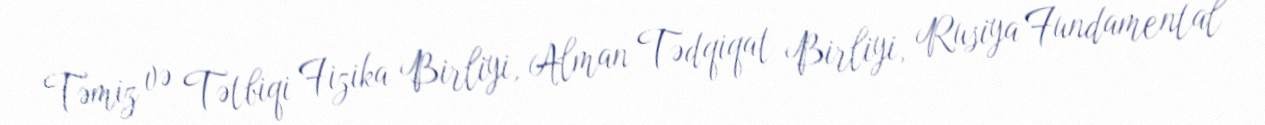
Təmiz və Tətbiqi Fizika Birliyi, Alman Tədqiqat Birliyi, Rusiya Fundamental